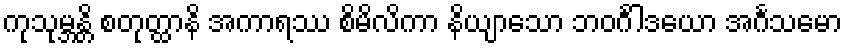
ကုသုမ္ဘန္တိ စတုတ္ထာနိ အကာရဿ စိမိလိကာ နိယျာသော ဘဝင်္ဂါဒယော အင်္ဂသမော